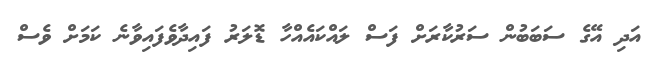
އަދި އޭގެ ސަބަބުން ސަރުކާރަށް ފަސް ލައްކައެއްހާ ޑޮލަރު ފައިދާވެފައިވާނެ ކަމަށް ވެސް